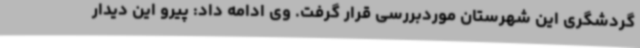
گردشگری این شهرستان موردبررسی قرار گرفت. وی ادامه داد: پیرو این دیدار